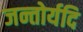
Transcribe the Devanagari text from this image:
जन्तोर्यदि